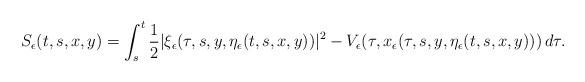
LaTeX: \begin{align*}S_\epsilon(t,s,x,y)=\int_s^t \frac{1}{2}|\xi_\epsilon(\tau,s,y,\eta_\epsilon(t,s,x,y))|^2-V_\epsilon(\tau,x_\epsilon(\tau,s,y,\eta_\epsilon(t,s,x,y)))\, d\tau.\end{align*}